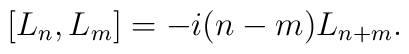
\left[L_n,L_m\right]=-i(n-m)L_{n+m}.